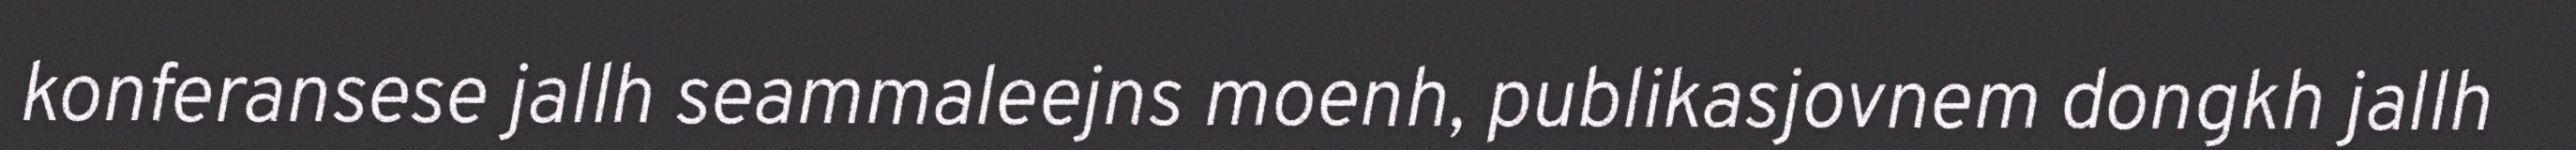
konferansese jallh seammaleejns moenh, publikasjovnem dongkh jallh